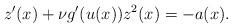
LaTeX: \begin{align*}z'(x) + \nu g'(u(x))z^{2}(x)= - a(x).\end{align*}